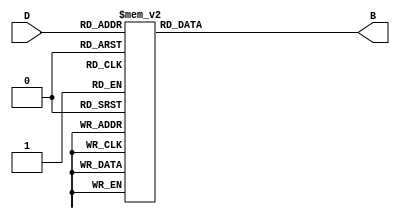
module DecimalToBinaryEncoder (
    input [3:0] D,   // 4-bit decimal input
    output reg [3:0] B // 4-bit binary output
);

    always @(*) begin
        case (D)
            4'b0000: B = 4'b0000; // 0
            4'b0001: B = 4'b0001; // 1
            4'b0010: B = 4'b0010; // 2
            4'b0011: B = 4'b0011; // 3
            4'b0100: B = 4'b0100; // 4
            4'b0101: B = 4'b0101; // 5
            4'b0110: B = 4'b0110; // 6
            4'b0111: B = 4'b0111; // 7
            4'b1000: B = 4'b1000; // 8
            4'b1001: B = 4'b1001; // 9
            default: B = 4'bxxxx; // Invalid input
        endcase
    end

endmodule